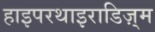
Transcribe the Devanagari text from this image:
हाइपरथाइराडिज़्म